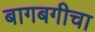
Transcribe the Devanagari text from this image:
बागबगीचा